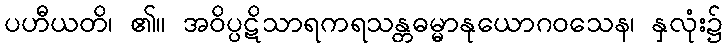
ပဟီယတိ၊ ၏။ အဝိပ္ပဋိသာရကရသန္တဓမ္မာနုယောဂဝသေန၊ နှလုံး၌